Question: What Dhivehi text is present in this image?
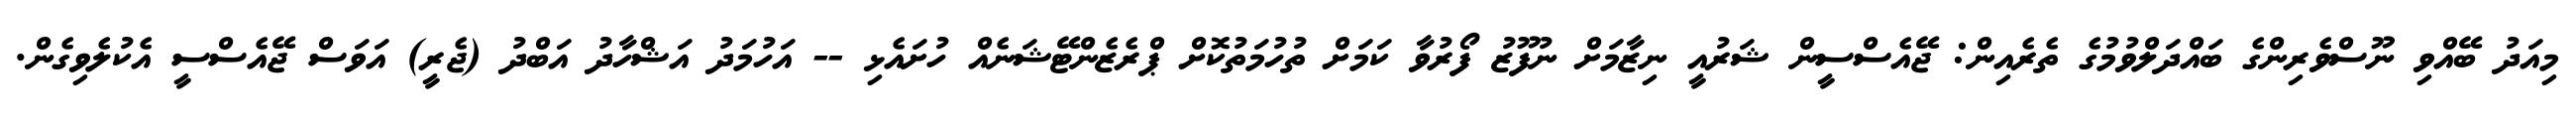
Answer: މިއަދު ބޭއްވި ނޫސްވެރިންގެ ބައްދަލްވުމުގެ ތެރެއިން: ޖޭއެސްސީން ޝަރުއީ ނިޒާމަށް ނުފޫޒު ފޯރުވާ ކަމަށް ތުހުމަތުކޮށް ޕްރެޒެންޓޭޝަނެއް ހުށައެޅި -- އަހުމަދު އަޝްހާދު އަބްދު (ޖެރީ) އަވަސް ޖޭއެސްސީ އެކުލެވިގެން.